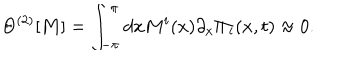
\Theta ^ { ( 2 ) } [ { \bf M } ] = \int _ { - \pi } ^ { \pi } d x M ^ { i } ( x ) \partial _ { x } \Pi _ { i } ( x , t ) \approx 0 .